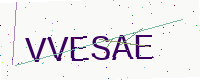
Text: VVESAE